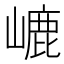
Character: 𡼂